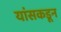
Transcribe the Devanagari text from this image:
यांसकडून